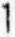
1